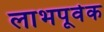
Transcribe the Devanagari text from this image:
लाभपूर्वक